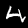
Digit: 4